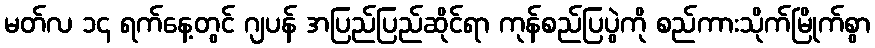
မတ်လ ၁၄ ရက်နေ့တွင် ဂျပန် အပြည်ပြည်ဆိုင်ရာ ကုန်စည်ပြပွဲကို စည်ကားသိုက်မြိုက်စွာ